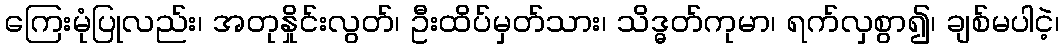
ကြေးမုံပြုလည်း၊ အတုနှိုင်းလွတ်၊ ဦးထိပ်မှတ်သား၊ သိဒ္ဓတ်ကုမာ၊ ရက်လှစွာ၍၊ ချစ်မပါငဲ့၊